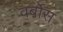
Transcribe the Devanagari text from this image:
वर्बोस